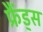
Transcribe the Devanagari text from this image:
फ्रैंड्स